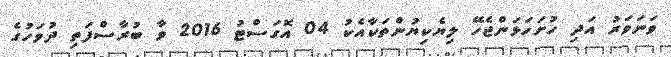
ވަނަވަރު އަދި ހުށަހަޅަންޖެހޭ ލިޔެކިޔުންތަކާއެކު 04 އޮގަސްޓު 2016 ވާ ބުރާސްފަތި ދުވަހުގެ